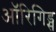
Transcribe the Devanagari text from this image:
ऑरिगिड्स